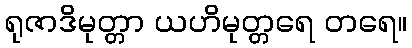
ရုဇာဒိမုတ္တာ ယဟိမုတ္တရေ တရေ။